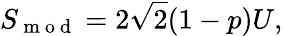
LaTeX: S_{\mathrm{~m~o~d~}}=2\sqrt{2}(1-p)U,